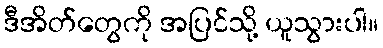
ဒီအိတ်တွေကို အပြင်သို့ ယူသွားပါ။